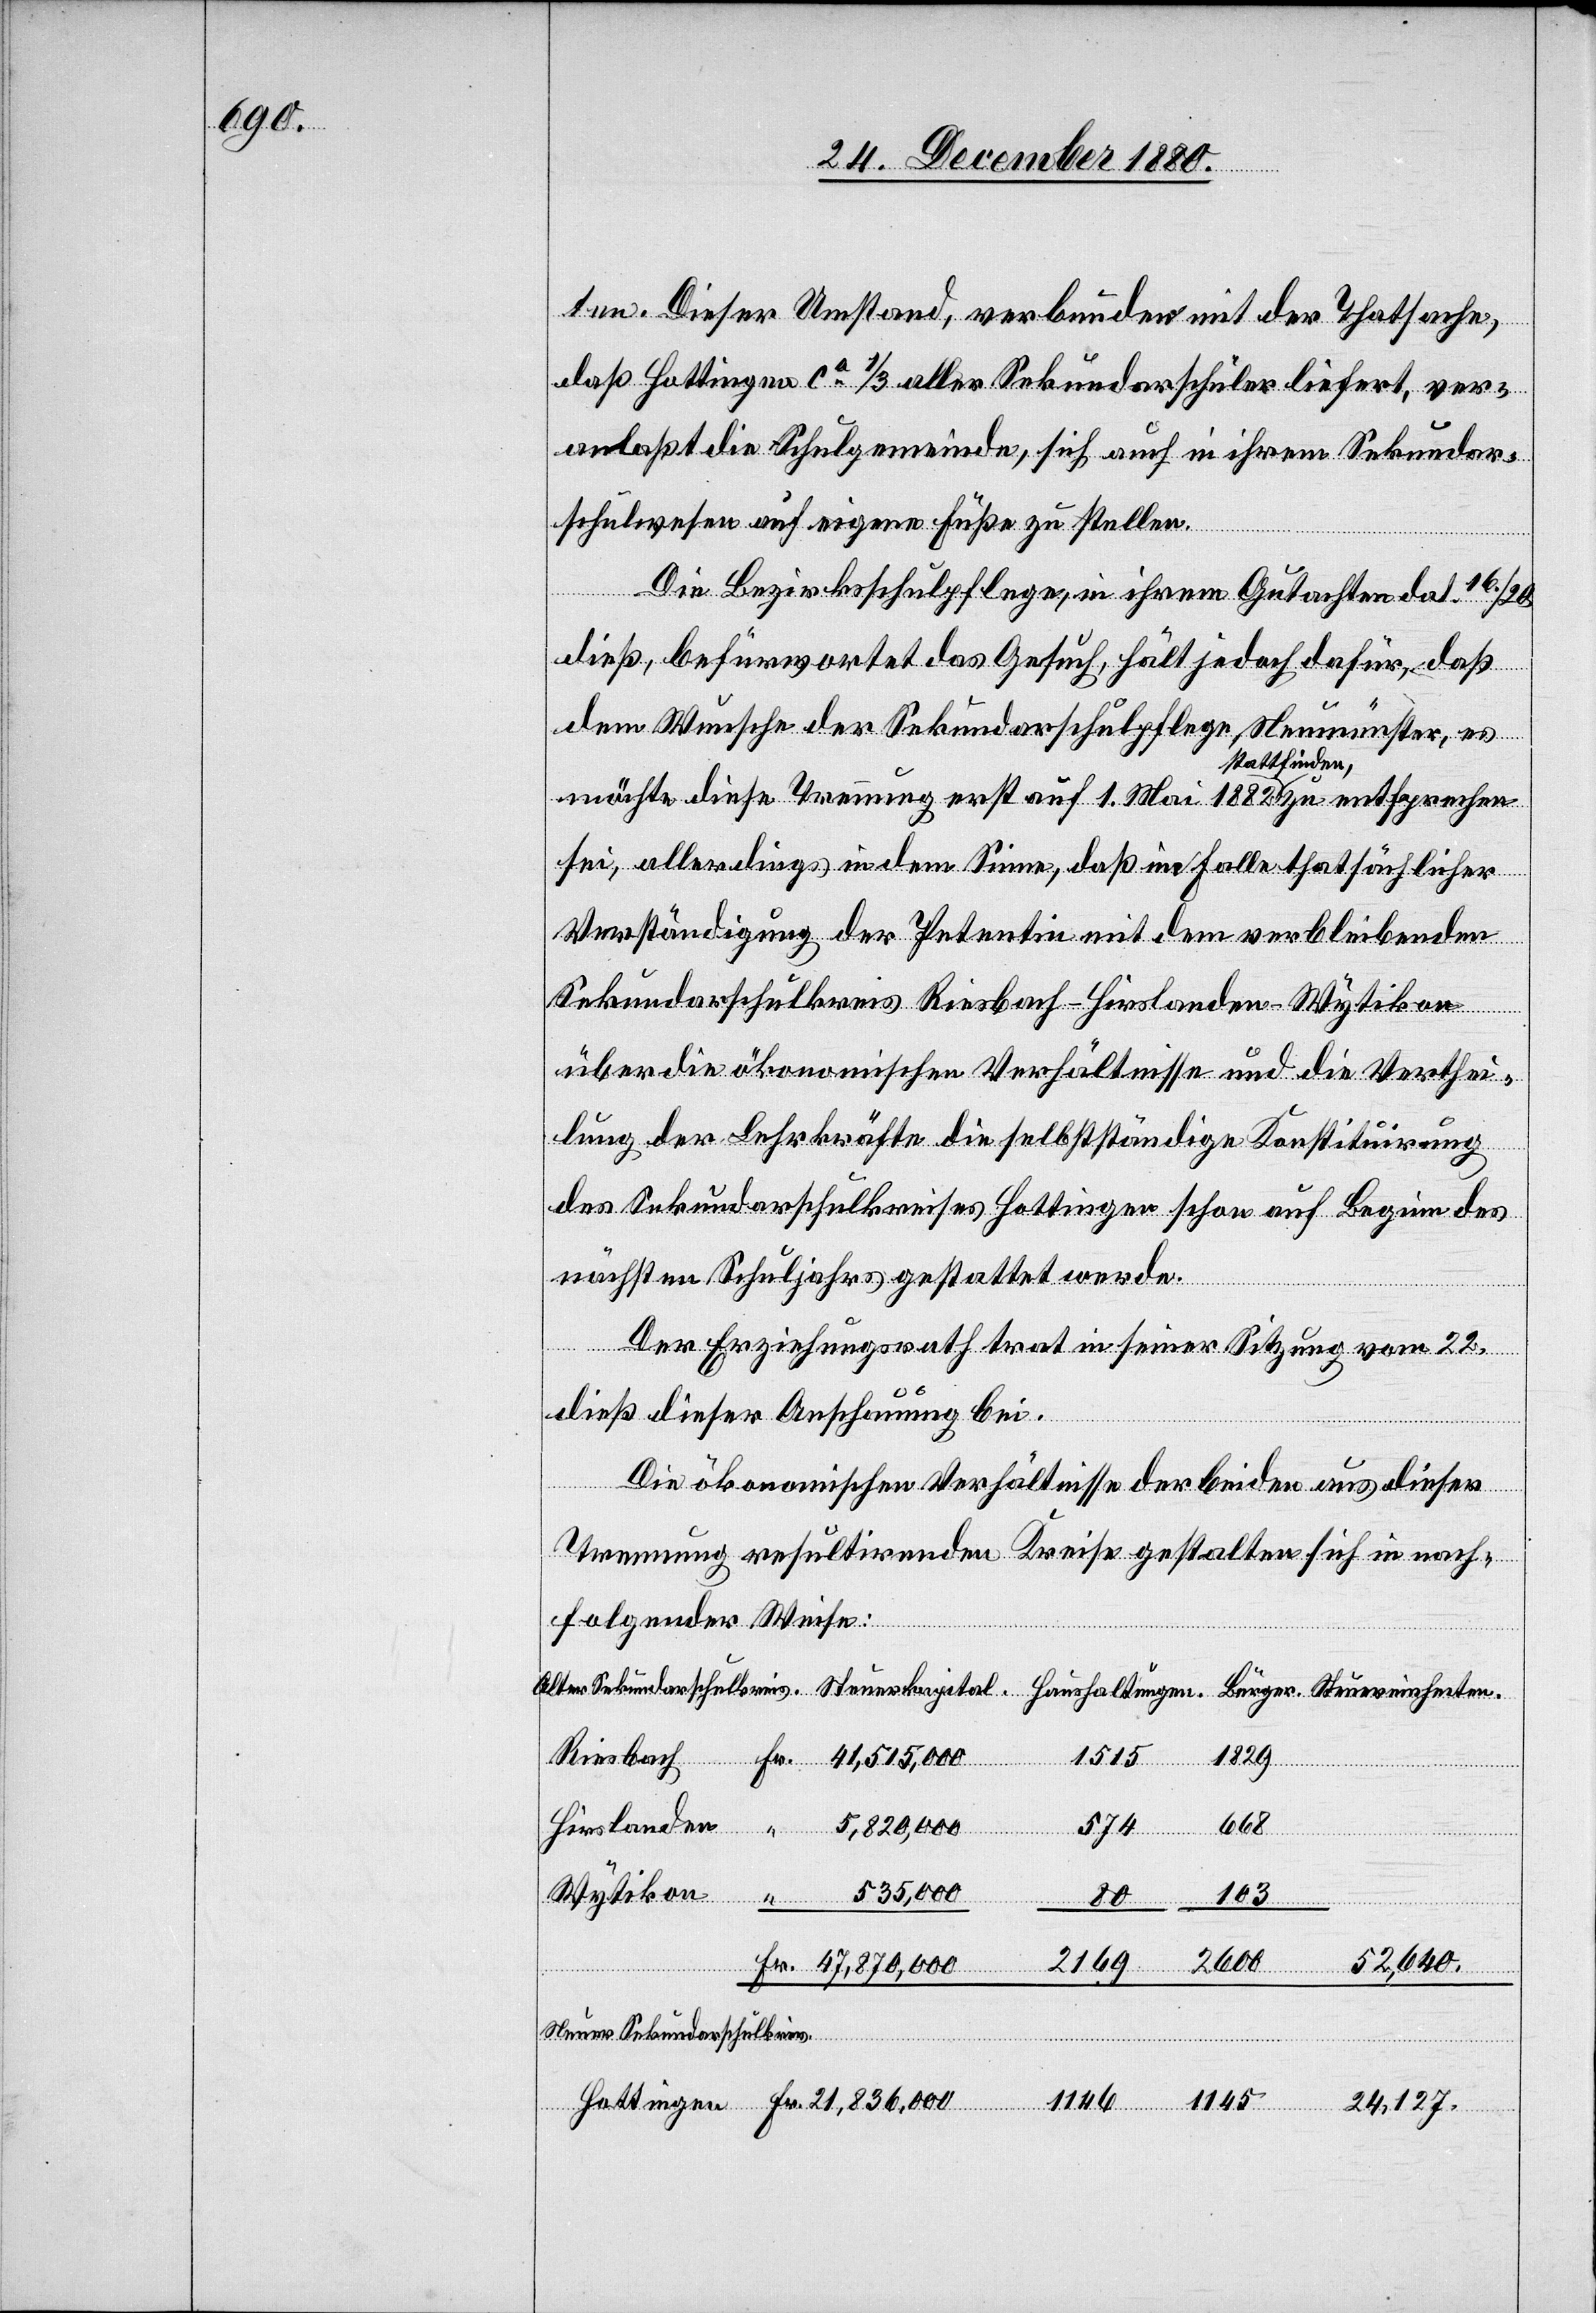
ten. Dieser Umstand, verbunden mit der Thatsache,
daß Hottingen ca 1/3 aller Sekundarschüler liefert, ver¬
anlaßt die Schulgemeinde, sich auch in ihrem Sekundar¬
schulwesen auf eigene Füße zu stellen.
Hirslanden
Die Bezirksschulpflege, in ihrem Gutachten dat. 16./20.
dieß, befürwortet das Gesuch, hält jedoch dafür, daß
dem Wunsche der Sekundarschulpflege, Neumünster, es
möchte diese Trennung erst auf 1. Mai 1882 stattfinden zu entsprechen
sei, allerdings in dem Sinne, daß im Falle thatsächlicher
Verständigung der Petentin mit dem verbleibenden
Sekundarschulkreis Riesbach-Hirslanden-Wytikon
über die ökonomische Verhältnisse und die Verthei¬
lung der Lehrkräfte die selbstständige Konstituirung
des Sekundarschulkreises Hottingen schon auf Beginn des
nächsten Schuljahres gestattet werde.
Der Erziehungsrath trat in seiner Sitzung vom 22.
dieß dieser Anschauung bei.
Die ökonomischen Verhältnisse der beiden aus dieser
Trennung resultirenden Kreise gestalten sich in nach¬
folgender Weise:
Fr.
1146
1145
Steuereinheiten.
668
574
103
“
80
24,127.
52,640.
Neuer Sekundarschulkreis
Hottingen